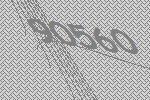
90560